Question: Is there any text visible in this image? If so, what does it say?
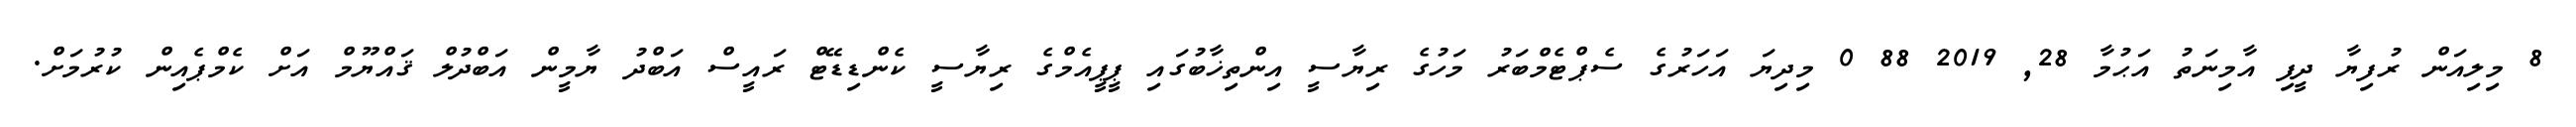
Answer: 8 މިލިއަން ރުފިޔާ ދީފި އާމިނަތު އަޙުމާ 28, 2019 88 0 މިދިޔަ އަހަރުގެ ސެޕްޓެމްބަރު މަހުގެ ރިޔާސީ އިންތިޚާބުގައި ޕީޕީއެމްގެ ރިޔާސީ ކެންޑިޑޭޓް ރައީސް އަބްދު ޔާމީން އަބްދުލް ޤައްޔޫމް އަށް ކެމްޕެއިން ކުރުމަށް.